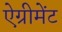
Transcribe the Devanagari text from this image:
ऐग्रीमेंट